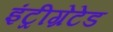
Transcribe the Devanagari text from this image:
इंट्रीग्रेटेड